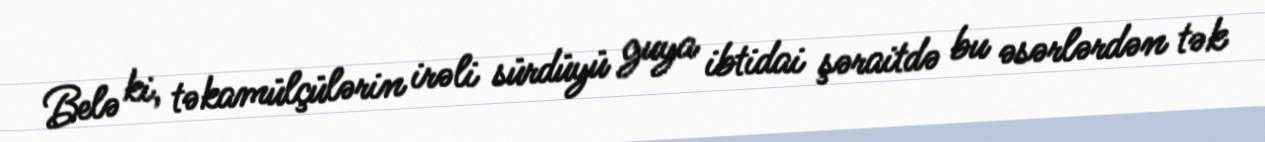
Belə ki, təkamülçülərin irəli sürdüyü guya ibtidai şəraitdə bu əsərlərdən tək